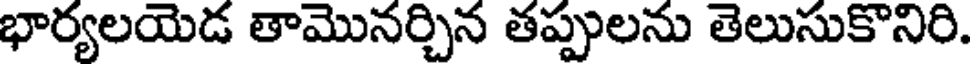
భార్యలయెడ తామొనర్చిన తప్పులను తెలుసుకొనిరి.